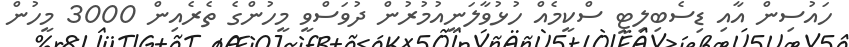
ހައުސިން އާއި ޑިސެބިލިޓީ ސްކީމެއް ހުޅުވާލަނީއުމުރުން ދުވަސްވީ މީހުންގެ ތެރެއިން 3000 މީހުން